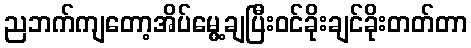
ညဘက်ကျတော့အိပ်မွေ့ချပြီးဝင်ခိုးချင်ခိုးတတ်တာ